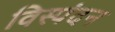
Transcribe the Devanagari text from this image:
विस्पंदन